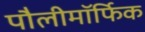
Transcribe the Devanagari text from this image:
पौलीमॉर्फिक